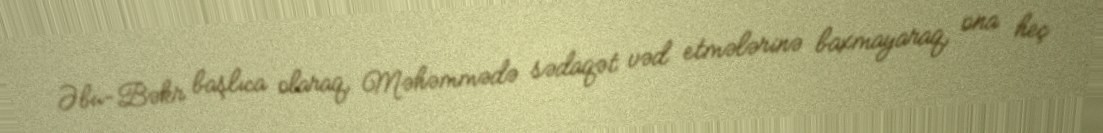
Əbu-Bəkr başlıca olaraq, Məhəmmədə sədaqət vəd etmələrinə baxmayaraq, ona heç